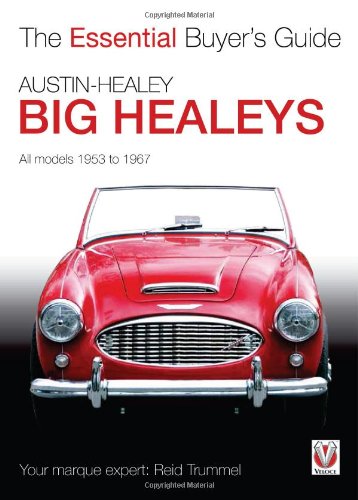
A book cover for Austin-Healey Big Healeys: All Models 1953 to 1967 (The Essential Buyer's Guide); Reid Trummel; Engineering & Transportation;